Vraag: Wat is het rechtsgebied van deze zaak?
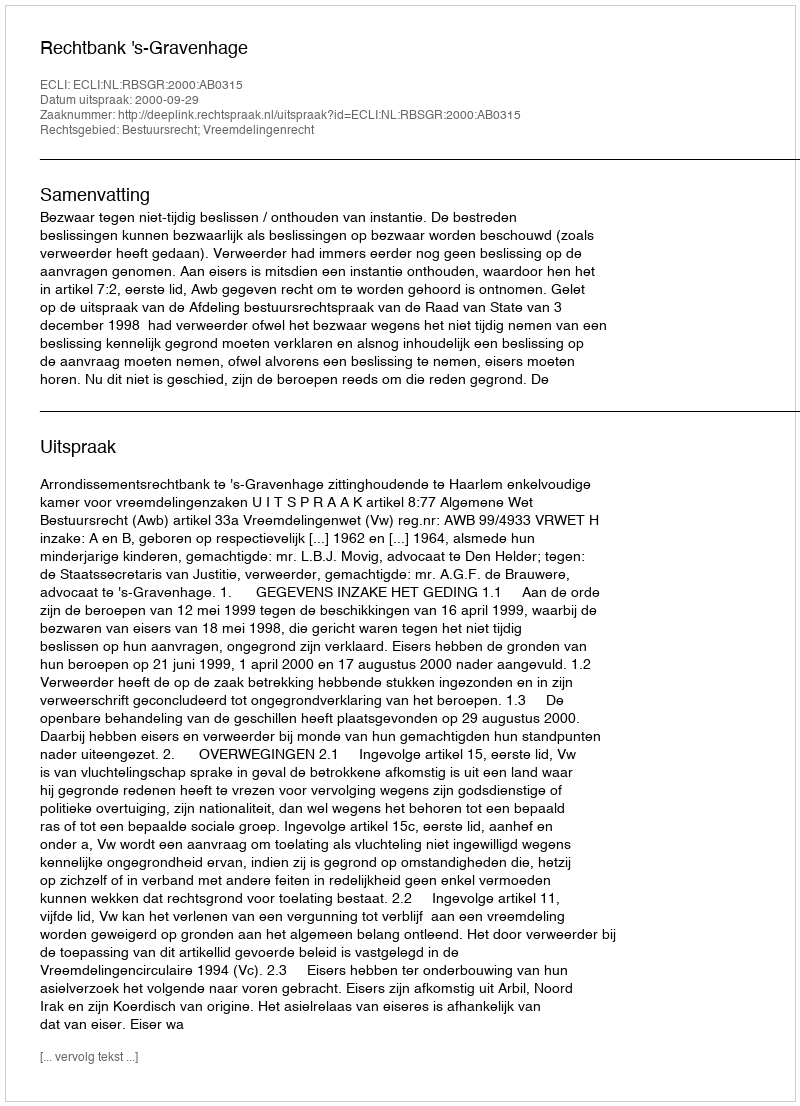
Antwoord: Bestuursrecht; Vreemdelingenrecht